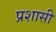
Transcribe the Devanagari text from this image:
प्रशासी